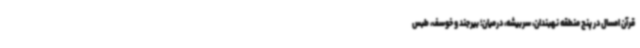
قرآن امسال در پنج منطقه نهبندان، سربیشه، درمیان؛ بیرجند و خوسف، طبس